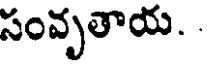
సంవృతాయ.